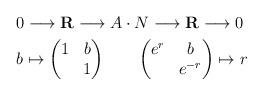
LaTeX: \begin{align*}& 0\longrightarrow\mathbf{R}\longrightarrow A\cdot N\longrightarrow\mathbf{R}\longrightarrow0\\& b\mapsto\begin{pmatrix}1 & b\\& 1\end{pmatrix}\qquad\begin{pmatrix}e^{r} & b\\& e^{-r}\end{pmatrix}\mapsto r\end{align*}